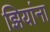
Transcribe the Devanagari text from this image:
झियांना